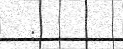
: